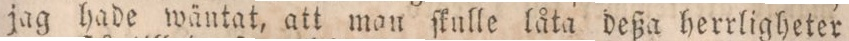
jag hade wäntat, att man ſkulle låta deßa herrligheter